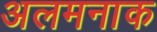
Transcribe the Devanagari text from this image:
अलमनाक